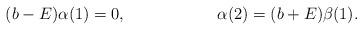
LaTeX: \begin{align*}(b - E) \alpha(1) &= 0, &\alpha(2) &= (b + E)\beta(1).\end{align*}